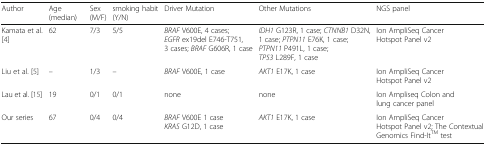
<table><thead><tr><td><b>Author</b></td><td><b>Age (median)</b></td><td><b>Sex (M/F)</b></td><td><b>smoking habit (Y/N)</b></td><td><b>Driver Mutation</b></td><td><b>Other Mutations</b></td><td><b>NGS panel</b></td></tr></thead><tbody><tr><td>Kamata et al. [4]</td><td>62</td><td>7/3</td><td>5/5</td><td><i>BRAF</i> V600E, 4 cases;﻿ <i>EGFR</i> ex19del E746-T751, 3 cases; <i>BRAF</i> G606R, 1 case</td><td><i>IDH1</i> G123R, 1 case; <i>CTNNB1</i> D32N, 1 case; <i>PTPN11</i> E76K, 1 case; <i>PTPN11</i> P491L, 1 case; <i>TP53</i> L289F, 1 case</td><td>Ion AmpliSeq Cancer Hotspot Panel v2</td></tr><tr><td>Liu et al. [5]</td><td>–</td><td>1/3</td><td>–</td><td><i>BRAF</i> V600E, 1 case</td><td><i>AKT1</i> E17K, 1 case</td><td>Ion AmpliSeq Cancer Hotspot Panel v2</td></tr><tr><td>Lau et al. [15]</td><td>19</td><td>0/1</td><td>0/1</td><td>none</td><td>none</td><td>Ion Ampliseq Colon and lung cancer panel</td></tr><tr><td>Our series</td><td>67</td><td>0/4</td><td>0/4</td><td><i>BRAF</i> V600E 1 case<i>KRAS</i> G12D, 1 case</td><td><i>AKT1</i> E17K, 1 case</td><td>Ion AmpliSeq Cancer Hotspot Panel v2; The Contextual Genomics Find-It<sup>TM</sup> test</td></tr></tbody></table>